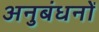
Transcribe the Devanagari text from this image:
अनुबंधनों